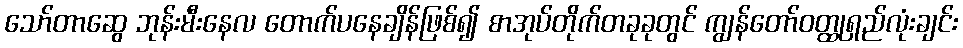
သော်တာဆွေ ဘုန်းမီးနေလ တောက်ပနေချိန်ဖြစ်၍ စာအုပ်တိုက်တခုခုတွင် ကျွန်တော်ဝတ္ထုရှည်လုံးချင်း